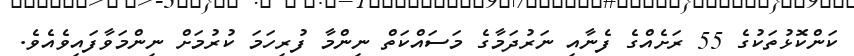
ކަންކޮޅުތަކުގެ 55 ރަށެއްގެ ފެނާއި ނަރުދަމާގެ މަސައްކަތް ނިންމާ ފުރިހަމަ ކުރުމަށް ނިންމަވާފައިވެއެވެ.